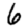
Digit: 6